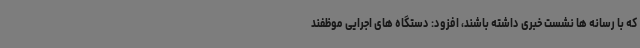
که با رسانه ها نشست خبری داشته باشند، افزود: دستگاه های اجرایی موظفند